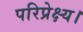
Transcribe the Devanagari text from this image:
परिप्रेक्ष्य।